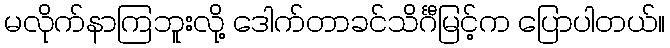
မလိုက်နာကြဘူးလို့ ဒေါက်တာခင်သိင်္ဂီမြင့်က ပြောပါတယ်။